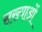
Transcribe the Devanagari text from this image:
सख्याओं